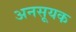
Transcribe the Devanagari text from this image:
अनसूयक